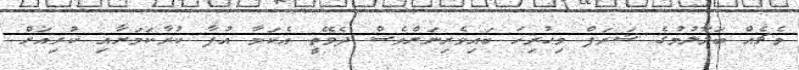
މެޗެއް ބަލާލުމުގެ ޝަރަފް މިހުރިހަ ބައިވެރިނަށްވެސް ދެވޭތީ އެކަމާ އުފާ ކުރާކަމަށާއި ކުރިއަށް